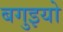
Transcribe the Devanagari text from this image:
बगुइयो